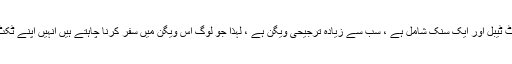
ویگن ، جس میں ایک منی فرج ، ساکٹ ٹیبل اور ایک سنک شامل ہے ، سب سے زیادہ ترجیحی ویگن ہے ، لہذا جو لوگ اس ویگن میں سفر کرنا چاہتے ہیں انہیں اپنے ٹکٹ پہلے ہی خریدنے کی ضرورت ہے۔